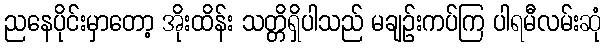
ညနေပိုင်းမှာတော့ အိုးထိန်း သတ္တိရှိပါသည် မချဉ်းကပ်ကြ ပါရမီလမ်းဆုံ